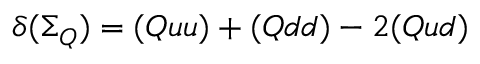
\delta ( { \Sigma _ { Q } } ) = ( Q u u ) + ( Q d d ) - 2 ( Q u d )